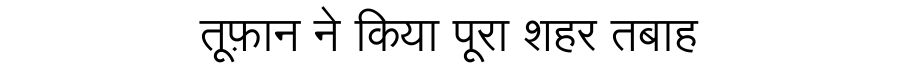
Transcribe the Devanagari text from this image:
तूफ़ान ने किया पूरा शहर तबाह